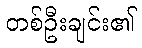
တစ်ဦးချင်း၏